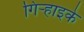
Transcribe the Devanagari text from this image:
गिऱ्हाइके